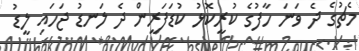
މެޗުގެ ދެ ވަނަ ހާފުގެ ކުރީކޮޅު ކުޑަފަރީން ދެ ލަނޑު ޖަހައި ލީޑު